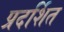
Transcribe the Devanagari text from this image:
प्रदर्शित